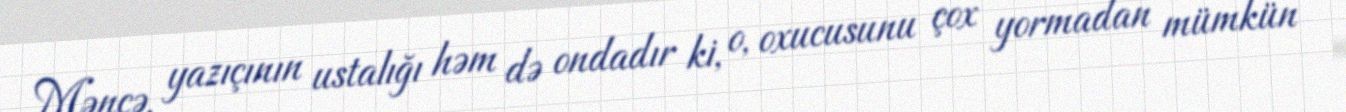
Məncə, yazıçının ustalığı həm də ondadır ki, o, oxucusunu çox yormadan mümkün